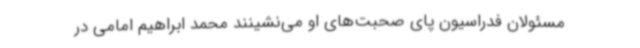
مسئولان فدراسیون پای صحبت‌های او می‌نشینند محمد ابراهیم امامی در